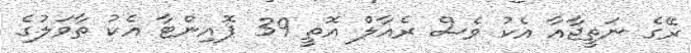
ރޭގެ ނަތީޖާއާ އެކު ވެސް ރެއާލް އޮތީ 39 ޕޮއިންޓާ އެކު ތާވަލުގެ